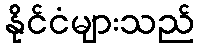
နိုင်ငံများသည်